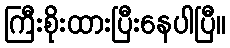
ကြီးစိုးထားပြီးနေပါပြီ။